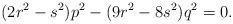
LaTeX: \begin{align*}(2r^2-s^2)p^2-(9r^2-8s^2)q^2=0. \end{align*}